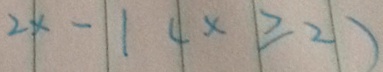
2 x - 1 ( x \geqslant 2 )